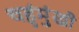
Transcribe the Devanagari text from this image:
चहुंमुंखी